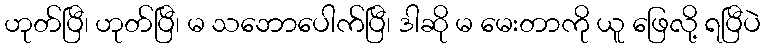
ဟုတ်ပြီ၊ ဟုတ်ပြီ၊ မ သဘောပေါက်ပြီ၊ ဒါဆို မ မေးတာကို ယူ ဖြေလို့ ရပြီပဲ